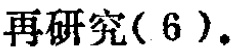
再研究( 6 ).